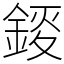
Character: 錽